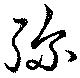
弥